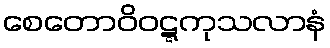
စေတောဝိဝဋ္ဋကုသလာနံ